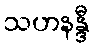
သဟနန္ဒီ